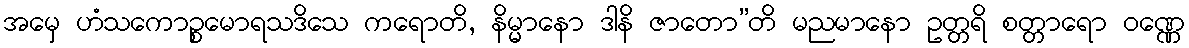
အမှေ ဟံသကောဉ္စမောရသဒိသေ ကရောတိ, နိမ္မာနော ဒါနိ ဇာတော”တိ မညမာနော ဥတ္တရိ စတ္တာရော ဝဏ္ဏေ